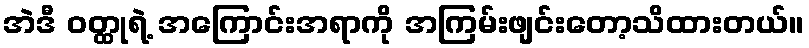
အဲဒီ ဝတ္ထုရဲ့ အကြောင်းအရာကို အကြမ်းဖျင်းတော့သိထားတယ်။